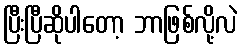
ပြီးပြီဆိုပါတော့ ဘာဖြစ်လို့လဲ